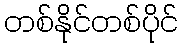
တစ်နိုင်တစ်ပိုင်